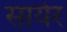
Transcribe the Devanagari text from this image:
सायेर